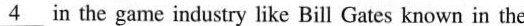
\underline{4} in the game industry like Bill Gates known in the